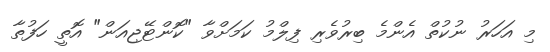
މި އަހަރު ނުކުތް އެންމެ ބިރުވެރި ފިލްމު ކަމަށްވާ "ކޮންޓޭޖިއަން" އޮތީ ހަފުތާ